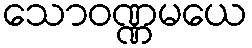
သောဝဏ္ဏမယေ